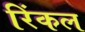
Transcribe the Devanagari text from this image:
रिंकल